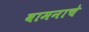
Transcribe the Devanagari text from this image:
वामनाचे